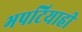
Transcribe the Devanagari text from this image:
भपटियाही